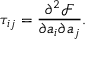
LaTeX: \tau _ { i j } = \frac { \partial ^ { 2 } \mathcal { F } } { \partial a _ { i } \partial a _ { j } } .